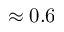
\approx 0 . 6